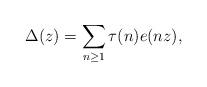
LaTeX: \begin{align*} \Delta(z) = \sum_{n \geq 1} \tau(n) e(nz),\end{align*}